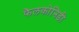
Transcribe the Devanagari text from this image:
फैलकोनिडी